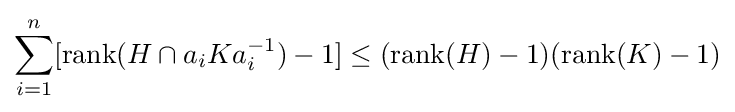
\sum _{i=1}^{n}[{\rm {rank}}(H\cap a_{i}Ka_{i}^{-1})-1]\leq ({\rm {rank}}(H)-1)({\rm {rank}}(K)-1)